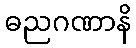
ဓညဂဏာနိ